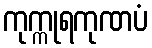
ကုက္ကုရကုဏပံ